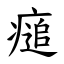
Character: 㾽